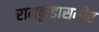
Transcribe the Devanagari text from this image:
रामकुंडासमोर